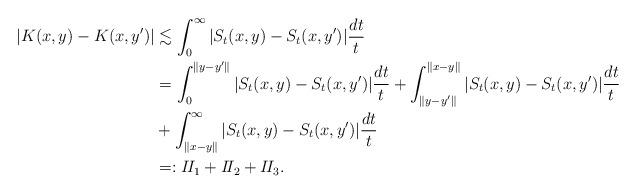
LaTeX: \begin{align*} |K(x,y)-K(x,y')|&\lesssim \int_0^\infty |S_t(x,y)-S_t(x,y')|\frac{dt}{t} \\&=\int_0^{\|y-y'\|} |S_t(x,y)-S_t(x,y')|\frac{dt}{t}+\int_{\|y-y'\|}^{\|x-y\|} |S_t(x,y)-S_t(x,y')|\frac{dt}{t}\\ &+\int_{\|x-y\|}^\infty |S_t(x,y)-S_t(x,y')|\frac{dt}{t} \\&=:I\!I_1+I\!I_2+I\!I_3. \end{align*}